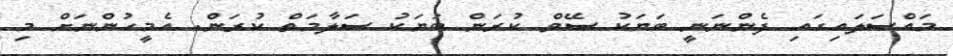
މައްސަލައިގައި ފެންނަނީ ބަޔަކު ސޭވް ކުރަން ބަޔަކު ސަލާމަތް ކުރަން. އެމީހުންނަށް މި